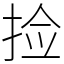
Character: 捡